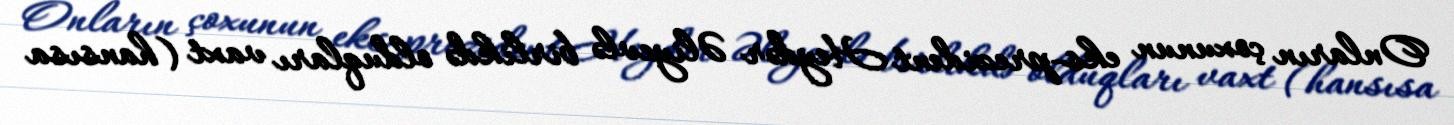
Onların çoxunun eks-prezident Heydər Əliyevlə birlikdə olduqları vaxt (hansısa